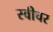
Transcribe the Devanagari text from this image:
स्वीचर